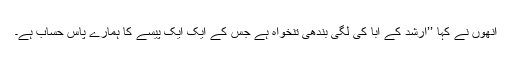
انھوں نے کہا ’’ارشد کے ابا کی لگی بندھی تنخواہ ہے جس کے ایک ایک پیسے کا ہمارے پاس حساب ہے۔